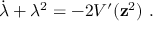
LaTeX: \dot { \lambda } + \lambda ^ { 2 } = - 2 V ^ { \prime } ( { \bf z } ^ { 2 } ) \ .